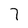
Character: 7